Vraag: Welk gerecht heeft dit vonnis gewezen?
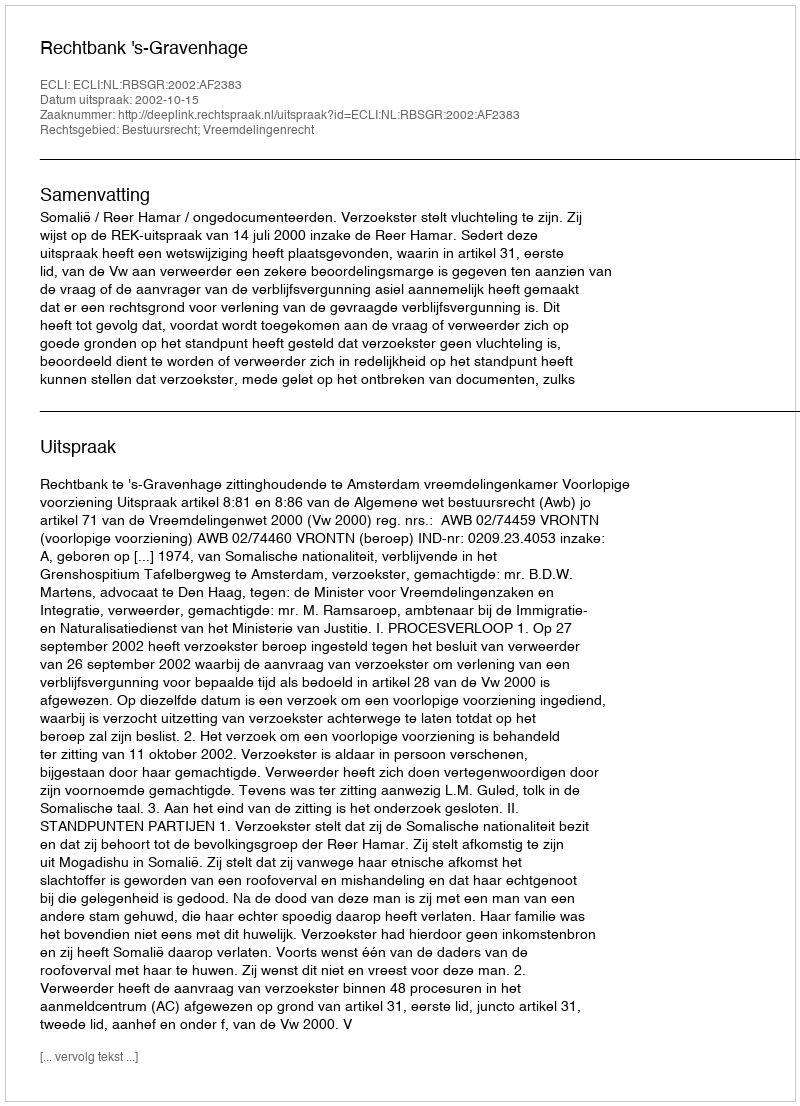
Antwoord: Rechtbank 's-Gravenhage